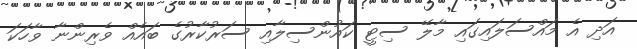
އަދި އެ މައްސަލައިގައި މާލޭ ސިޓީ ކައުންސިލާއި ސަރުކާރުގެ ބައެއް ވެރިންނާ ވާހަކަ